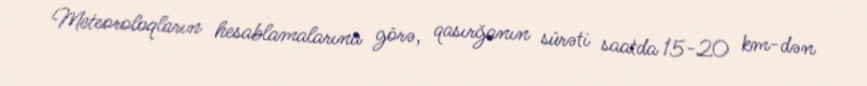
Meteoroloqların hesablamalarına görə, qasırğanın sürəti saatda 15-20 km-dən